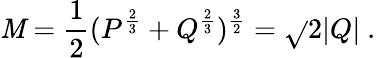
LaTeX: \mathit{M}={\frac{{1}}{{2}}}(P^{\frac{{2}}{{3}}}+Q^{\frac{{2}}{{3}}})^{\frac{{3}}{{2}}}=\sqrt{}{2}|Q|\ .